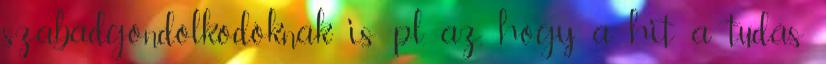
szabadgondolkodóknak is pl. az, hogy a hit a tudás